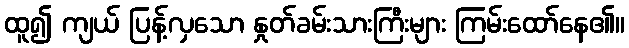
ထူ၍ ကျယ် ပြန့်လှသော နှုတ်ခမ်းသားကြီးများ ကြမ်းထော်နေ၏။